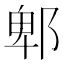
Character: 郫